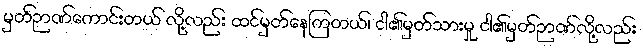
မှတ်ဉာဏ်ကောင်းတယ် လို့လည်း ထင်မှတ်နေကြတယ်၊ ငါ၏မှတ်သားမှု ငါ၏မှတ်ဉာဏ်လို့လည်း